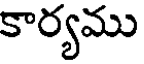
కార్యము